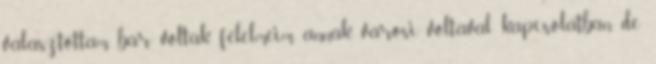
választottam, bár voltak félelmeim annak városi voltával kapcsolatban, de